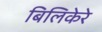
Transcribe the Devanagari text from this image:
बिलिकेरे